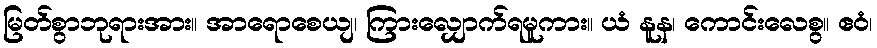
မြတ်စွာဘုရားအား။ အာရောစေယျ၊ ကြားလျှောက်ရမူကား။ ယံ နူန၊ ကောင်းလေစွ။ ဧဝံ၊